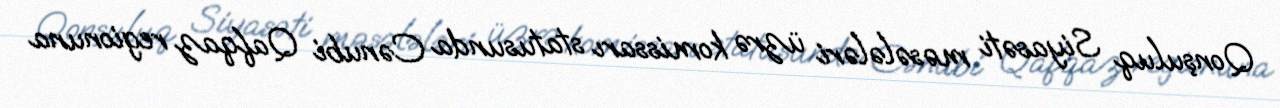
Qonşuluq Siyasəti məsələləri üzrə komissarı statusunda Cənubi Qafqaz regionuna